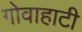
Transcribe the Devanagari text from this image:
गोवाहाटी